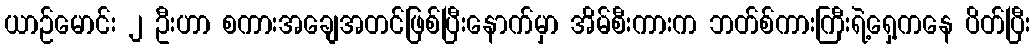
ယာဉ်မောင်း ၂ ဦးဟာ စကားအချေအတင်ဖြစ်ပြီးနောက်မှာ အိမ်စီးကားက ဘတ်စ်ကားကြီးရဲ့ရှေ့ကနေ ပိတ်ပြီး